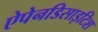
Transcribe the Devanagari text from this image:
ऐपेनडिसाइटिश